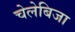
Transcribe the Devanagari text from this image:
चेलेबिजा